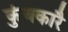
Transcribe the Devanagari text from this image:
कुंबकारै